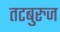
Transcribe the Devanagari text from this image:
तटबुरुज